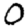
Digit: 0